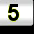
Digit: 5